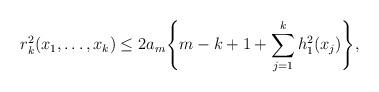
LaTeX: \begin{align*}r_k^2(x_1,\ldots,x_k) \leq2a_m \Biggl\{ m-k+1+\sum_{j=1}^kh_1^2(x_j) \Biggr\}, \end{align*}